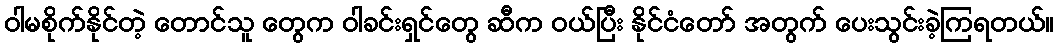
ဝါမစိုက်နိုင်တဲ့ တောင်သူ တွေက ဝါခင်းရှင်တွေ ဆီက ဝယ်ပြီး နိုင်ငံတော် အတွက် ပေးသွင်းခဲ့ကြရတယ်။